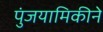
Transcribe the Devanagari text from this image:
पुंजयामिकीने